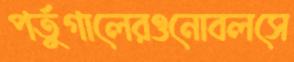
পর্তুগালেরওনোবলসে